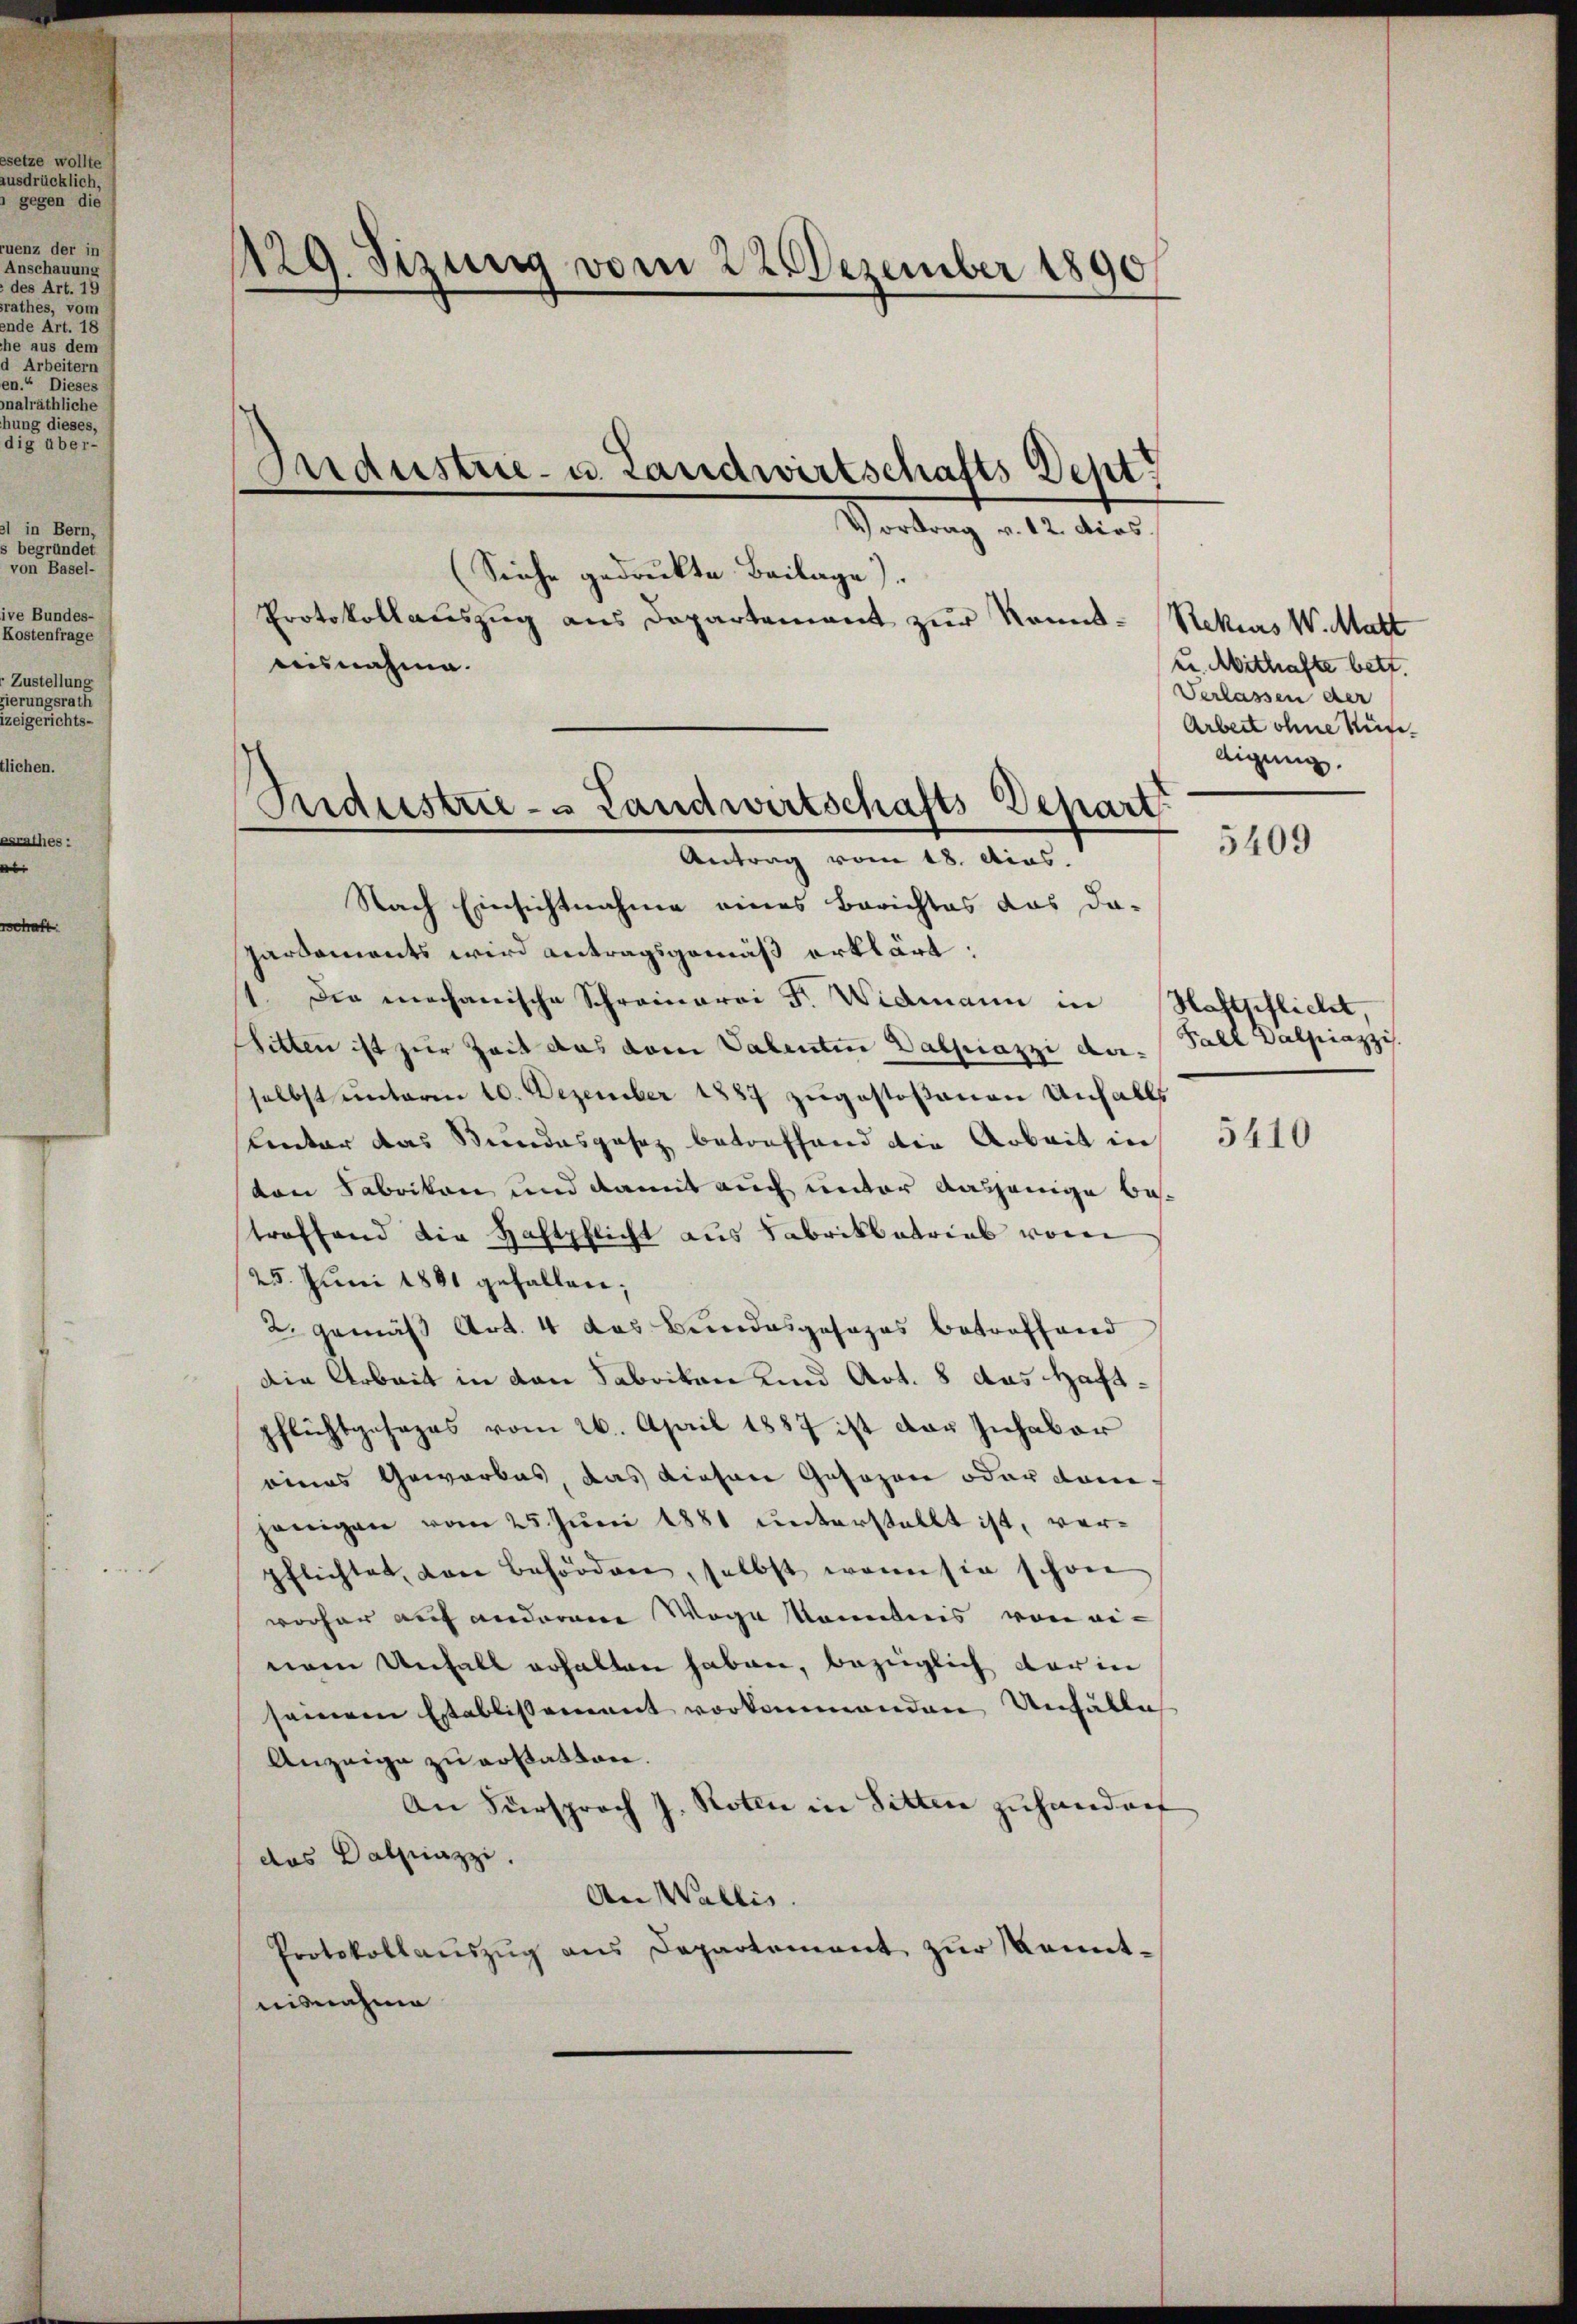
1129. Sizung vom 22. Dezember 1890

Industrie- u. Landwirtschafts Dept

(Siehe gedruckte Beilage).
Protokollauszug aus Departement zur Kenntceisnahme.

Vortrag v. 12. dies

Nach Einsichtnahme eines Berichtes das da-
partements wird antragsgemäß erklärt:
1. Die mechanische Schreinaroi F. Widmann in Haftpflicht,
Sitten ist zur Zeit das vom Valentin Dalpiazzi der Fall Dalpiazzi.
selbst unterm 10. Dezember 1887 zugestoßenen Unfalls
lentar das Stundesgesez betreffend die Arbeit in
ton Fabrikon und damit auch unter dasjenige betroffend die Haftpflicht aus Fabrikbetrieb von
25. Juni 1881 gefallen;
2. gemäß Art. 4 das Bundesgesezes betreffend
Die Arbeit in den Sabrikon und Art. 8 das Haftpflichtgesages vom 26. April 1887 ist der Inhaber
eines Gewerbes das diesen Gesezen oder danhenigen vom 25. Juni 1881 unterstellt ist, verpflichtet, von Behörden, selbst wenn sie schon
vorher auf anderen Wege kanntnis von einem Unfall erhalten haben, bezüglich darin
seinem Establissement vorkommenden Unfälli
Anzeige zu erkasten.
An Fürsprach J. Roten in Sitten zuhanderf
das Dalmazzi.
An Wallis.
Protokollaŭszŭg ans Departement zŭr Kennt-
nisnahme

Industrie - Landwirtschafts-Depart
Antrag vom 18. Dias.

Rekurs W. Matt
u. Mithafte bett.
Verlassen der
Arbeit ohne Küse.
digung.

5409

5410